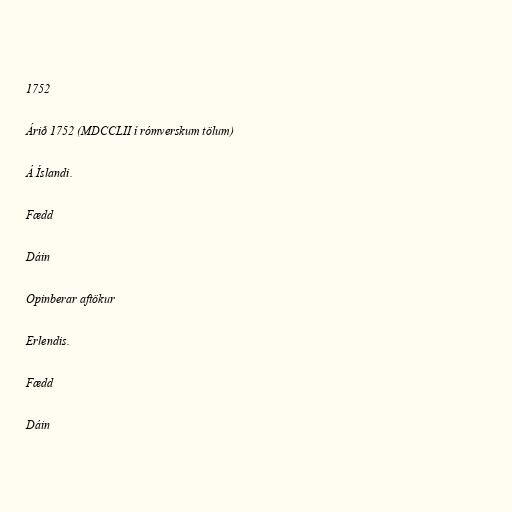
1752

Árið 1752 (MDCCLII í rómverskum tölum)

Á Íslandi.

Fædd

Dáin

Opinberar aftökur

Erlendis.

Fædd

Dáin